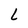
Character: L